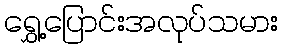
ရွှေ့ပြောင်းအလုပ်သမား